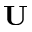
{ \mathbf U }